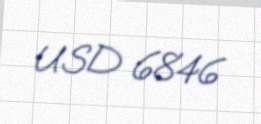
USD 6846